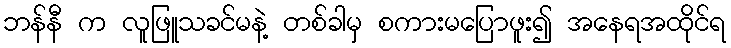
ဘန်နီ က လူဖြူသခင်မနဲ့ တစ်ခါမှ စကားမပြောဖူး၍ အနေရအထိုင်ရ